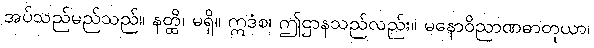
အပ်သည်မည်သည်။ နတ္ထိ၊ မရှိ။ ဣဒံစ၊ ဤဌာနသည်လည်း။ မနောဝိညာဏဓာတုယာ၊